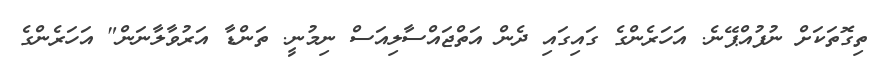
ތިގޮތަކަށް ނުފުއްޕޭނެ. އަހަރެންގެ ގައިގައި ދެން އަތްޖައްސާލިއަސް ނިމުނީ. ތަންޑާ އަރުވާލާނަން" އަހަރެންގެ